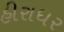
હીરાધર